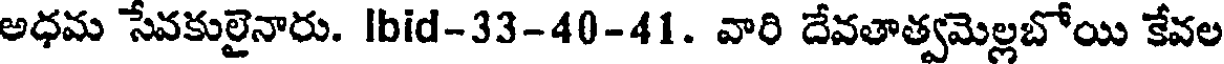
అధమ సేవకులైనారు. Ibid-33-40-41. వారి దేవతాత్వమెల్లబోయి కేవల